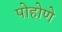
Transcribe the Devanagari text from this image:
पोहोणे